Cholera in India, 1862 to 1881
Year: 1862
Disease focus: Cholera
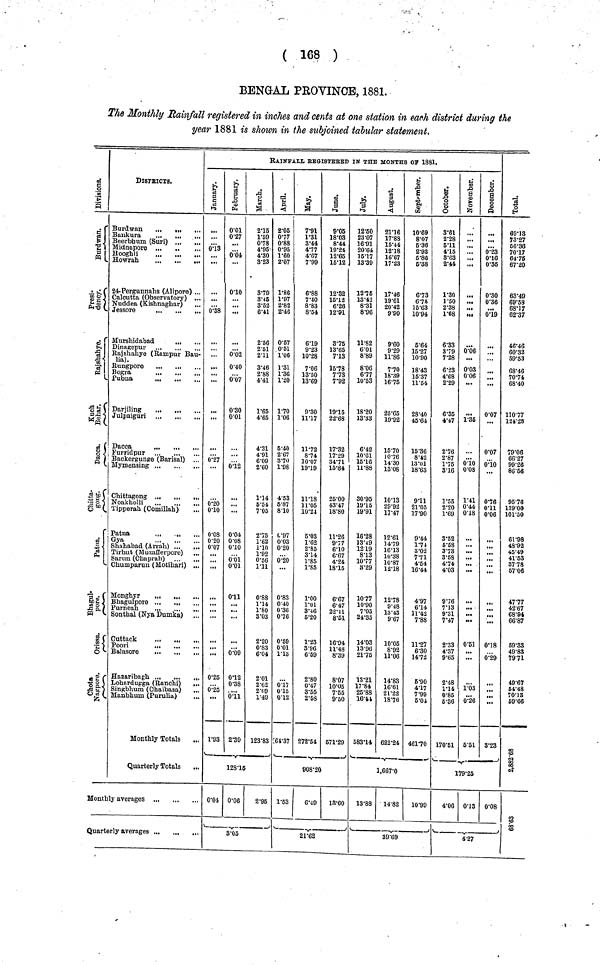
( 168 )
BENGAL PROVINCE, 1881.
The Monthly Rainfall registered in inches and cents at one station in each district during the
year 1881 is shown in the subjoined tabular statement.
Division
Burdwan
Presi dency
Rajshahye
Kuch Behar
Dacca
Chitta gong
Patna
Bhagal pore
Orissa
Chot a Nagpur .
DIST.RICTS.
Burdwan
...
,,.
...
Beerbhum (Suri)
24-Pergunnahs (Alinore) ...
Calcutta (Observatory) ...
Nuddea (Kishnaghar)
Jessore
...
...
...
Dinagepur
Rajshahye (Rampur Bau-
lia).
Bogra
Darjiling
Furridpur
Backergunge (Barisal) ...
Chittagong
,.
Noakholli
Tipperah (Comillah)
Patna
Gya
,
Shahabad (Arrah)
Sarun (Chaprah)
Chumparun (Motihari) .,
.
Monghyr
S onthal (Nya Dumka) ..
Cuttack
..
,
„
H
azaribagh
L
ohardupga (Ranchi) .
S
ingbhum (Chaibasa)
.
M anbhum (Purulia)
Monthly Totals
Quarterly Totals
Monthly averages ...
Quarterly averages
RAINFALL REGISTERED IN THE MONTHS OF 1881.
January
013
0·38
...
0·27
0·20
010
0·08
0·20
0·07
...
,.,
0·25
0·25
1·93
february
01
27
0·04
010
0·02
0·40
0·07
0·30
001
012
0·04
0·08
010
0·01
0·01
0·11
0·09
012
0·38
0.11
2·39
March
215
1·59
0·78
4·95
4·30
3·23
3·79
3·45
3·52
6·41
2·56
2·51
2·11
3·46
2·88
4·41
1·65
4·65
4·31
4·91
6·09
2·60
114
5·54
7·05
2·75
1·62
110
1·92
0·56
111
0·88
114
1·80
3·03
2·20
0·83
6·04
2·01
2·62
2·69
1·49
123·83
12815
0·04 0·06
2·95
3·05
April
2·05
0·77
0·88
0·95
1·60
2·07
1·86
1·97
2·82
2·46
0·57
0·51
1·06
1·31
1·36
1·20
1·70
1·06
5·40
2·67
3·70
1·98
4·53
5·87
810
0·97
0·03
0·20
0·20
0·83
0·40
0·36
0·76
0·59
0·01
1·13
017
015
0·12
264·37
May
7·91
1·31
3·44
4·77
4·67
7·99
6·88
7·40
8·83
8·54
619
9·23
10·28
7·06
13·50
13·69
9·30
11·17
11·72
8·74
10·07
19·19
1118
11·05
10·24
5·03
1·62
2·85
3·14
1·85
1·85
1·00
1·01
3·46
5·20
1·23
3·96
6·69
2·80
0·47
8·55
2·58
272·54
June
9·05
18·03
8·44
19·24
12·65
15·12
12·32
15·12
6·26
12·91
3·75
13·65
7·13
15·78
7·73
7·92
1915
22·68
17·32
17·29
34·71
15·84
25·00
43·47
18·80
11·26
9·77
6·10
6·67
4·24
18·15
6·67
6·47
22·11
8·51
16·94
11·48
8·39
8·07
10·05
7·55
9·50
671·29
908·20
I
1·53
6·49
18·60
21·62
July
12·50
23·07
16·91
20·64
16·17
13·39
12·75
13·42
8·31
8·96
11·82
6·01
8·89
8·06
6·77
10·53
18·20
13·33
6·42
l0·61
15·16
11·88
30·95
19·15
19·91
16·28
13·49
12 19
8·13
10·77
3·29
10·77
10·90
7·05
24·35
14·03
13·96
21·75
13·21
17·84
25·88
10·44
583·14
August
21·16
17·88
16·44
12·18
16·67
17·23
17·46
19·61
20·42
9·90
9·60
9·29
11·86
7·70
18·39
16·75
25·65
19·92
15·70
10·76
14·30
13·08
1013
29·92
17·47
12·61
14·79
1613
10·38
10·87
12·18
12·78
9·48
13·43
9·67
10·05
8·92
11·06
14·83
16·61
21·22
18·76
622·24
September
10·69
8·07
5·36
2·93
5·86
5·38
6·73
6·75
15·63
10·94
5·64
15·27
10·90
18·43
15·37
11·54
28·40
45·64
15·36
8·42
13·01
18·63
911
21·05
17·90
9·44
l·74
3·02
7·71
4·54
16·44
4·97
6·14
11·42
7·88
11·27
6·30
14·72
6·90
4·17
7·99
5·04
461·70
1,667·0
13·88
14·82
10·99
39·69
Octomber
3·61
2·28
5·11
4·15
8·63
2·44
1·30
1·50
2·38
1·68
6·33
3·79
7·28
6·23
4·68
2·29
6·35
4·47
2·76
2·87
1·75
8·16
1·55
2·20
1·69
3·52
5·58
3·73
3·68
4·74
4·03
9·76
713
9·31
7·47
2·33
4·37
9·65
2·48
114
0·85
5·36
170·51
November
:
:::
0·06
...
0·03
0·06
1·35
010
0·08
1·41
0·44
0·18
...
:
0·51
1·03
0·26
5·51
December
0·23
0·16
0·35
0·30
0·36
019
..
-
0·07
0-07
0·76
O·1l
0·06
018
0·29
:::
3·23
179·25
4·06 0·13 0·08
4·27
Total
6913
73·27
66·36
70·17
64·75
67·20
63·49
69·58
6817
62·37
46·46
60·32
69·53
68·46
70·74
68·40
110·77
124·28
79·06
66·27
99·26
86·56
95·76
139·00
101·50
61·98
48·92
4,5·49
41·53
87·78
57·06
47·77
42·67
68·94
66·87
59·33
49·83
79·71
49·67
54·48
70·13
69·66
2,882·68
68.63